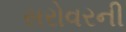
સરોવરની